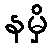
နမှိ